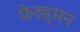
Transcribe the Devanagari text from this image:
फेल्ड्मन